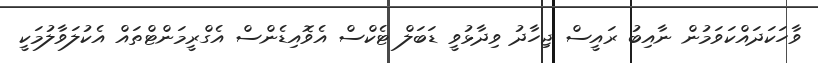
ވާހަކަދައްކަވަމުން ނާއިބު ރައީސް ޖިހާދު ވިދާޅުވީ ޑަބަލް ޓެކްސް އެވޮއިޑެންސް އެގްރީމަންޓްތައް އެކުލަވާލުމަކީ